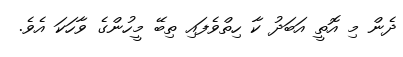
ދެން މި އޮތީ އަބަދު ކާ ހިތްވެފައި ތިބޭ މީހުންގެ ވާހަކަ އެވެ.